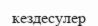
кездесулер